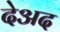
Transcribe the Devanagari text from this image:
देअद